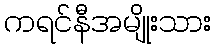
ကရင်နီအမျိုးသား